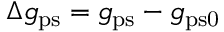
\Delta g _ { \mathrm { p s } } = g _ { \mathrm { p s } } - g _ { \mathrm { p s 0 } }